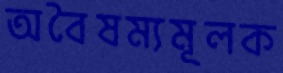
অবৈষম্যমূলক